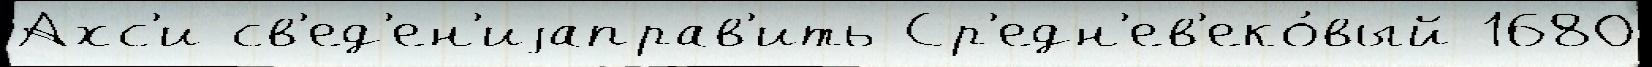
Ахс'и св'ед'ен'иjаправ'ить Ср'едн'ев'еко́вый 1680